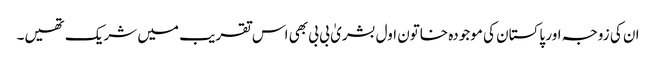
ان کی زوجہ اور پاکستان کی موجودہ خاتون اول بشریٰ بی بی بھی اس تقریب میں شریک تھیں۔